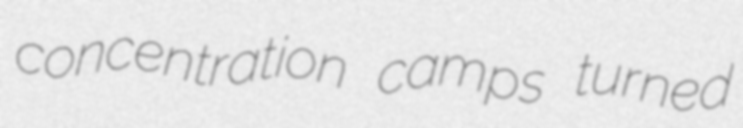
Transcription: concentration camps turned